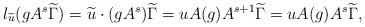
LaTeX: \begin{align*} l_{\widetilde u}(gA^s\widetilde \Gamma)= \widetilde u \cdot (gA^s)\widetilde \Gamma = u A(g)A^{s+1} \widetilde \Gamma = u A(g)A^{s} \widetilde \Gamma,\end{align*}